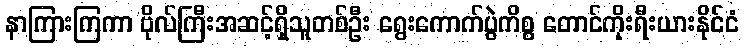
နာကြားကြကာ ဗိုလ်ကြီးအဆင့်ရှိသူတစ်ဦး ရွေးကောက်ပွဲကိစ္စ တောင်ကိုးရီးယားနိုင်ငံ